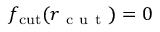
f _ { \mathrm { c u t } } ( { r _ { \mathrm { ~ c ~ u ~ t ~ } } } ) = 0